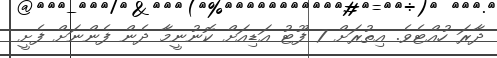
ދާރަ ހުއްޓެވެ. އިތުރަށް 7 ފޫޓު އަޑިއަށް ކޮނުނީމާ ދެން ފެންނަށް ފެށީ